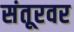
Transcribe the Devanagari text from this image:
संतूरवर